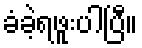
ခံခဲ့ရဖူးပါပြီ။